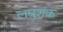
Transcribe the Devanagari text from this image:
लघुशंक